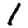
Digit: 1